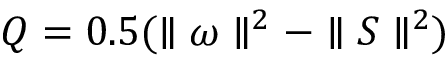
Q = 0 . 5 ( \parallel \omega \parallel ^ { 2 } - \parallel S \parallel ^ { 2 } )